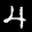
Label: 4